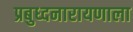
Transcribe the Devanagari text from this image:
प्रबुध्दनारायणाला